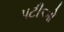
પટીઓ